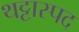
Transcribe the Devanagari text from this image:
थट्टास्पद